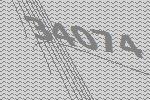
34074